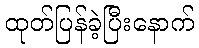
ထုတ်ပြန်ခဲ့ပြီးနောက်